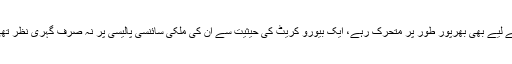
تاہم اختلافات کے باوجود ڈاکٹر عبد السلام کے ساتھ دیرینہ دوستی نبھاتے ہوئے وہ ایٹمی پروگرام کے لیے بھی بھرپور طور پر متحرک رہے، ایک بیورو کریٹ کی حیثیت سے ان کی ملکی سائنسی پالیسی پر نہ صرف گہری نظر تھی، بلکہ انھوں نے نیشنل سائنس پالیسی کے اصل خدوخال تشکیل دینے میں بھی بنیادی کردار ادا کیا۔